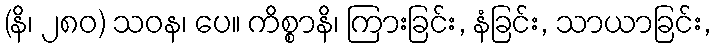
(နိ၊ ၂၈၀) သဝန၊ ပေ။ ကိစ္စာနိ၊ ကြားခြင်း, နံခြင်း, သာယာခြင်း,